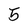
Character: 5